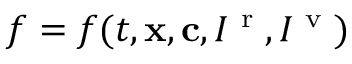
f = f ( t , \mathbf x , \mathbf c , I ^ { \textrm { r } } , I ^ { \textrm { v } } )